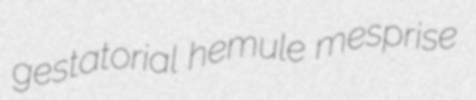
gestatorial hemule mesprise